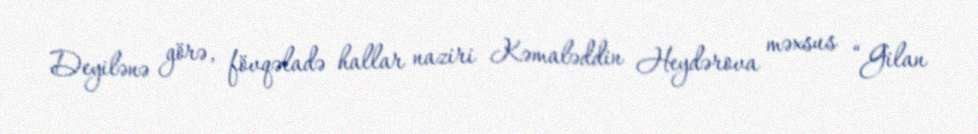
Deyilənə görə, fövqəladə hallar naziri Kəmaləddin Heydərova məxsus “Gilan